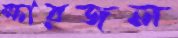
ক্ষারজল